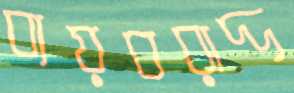
ব্যয়বরাদ্দ